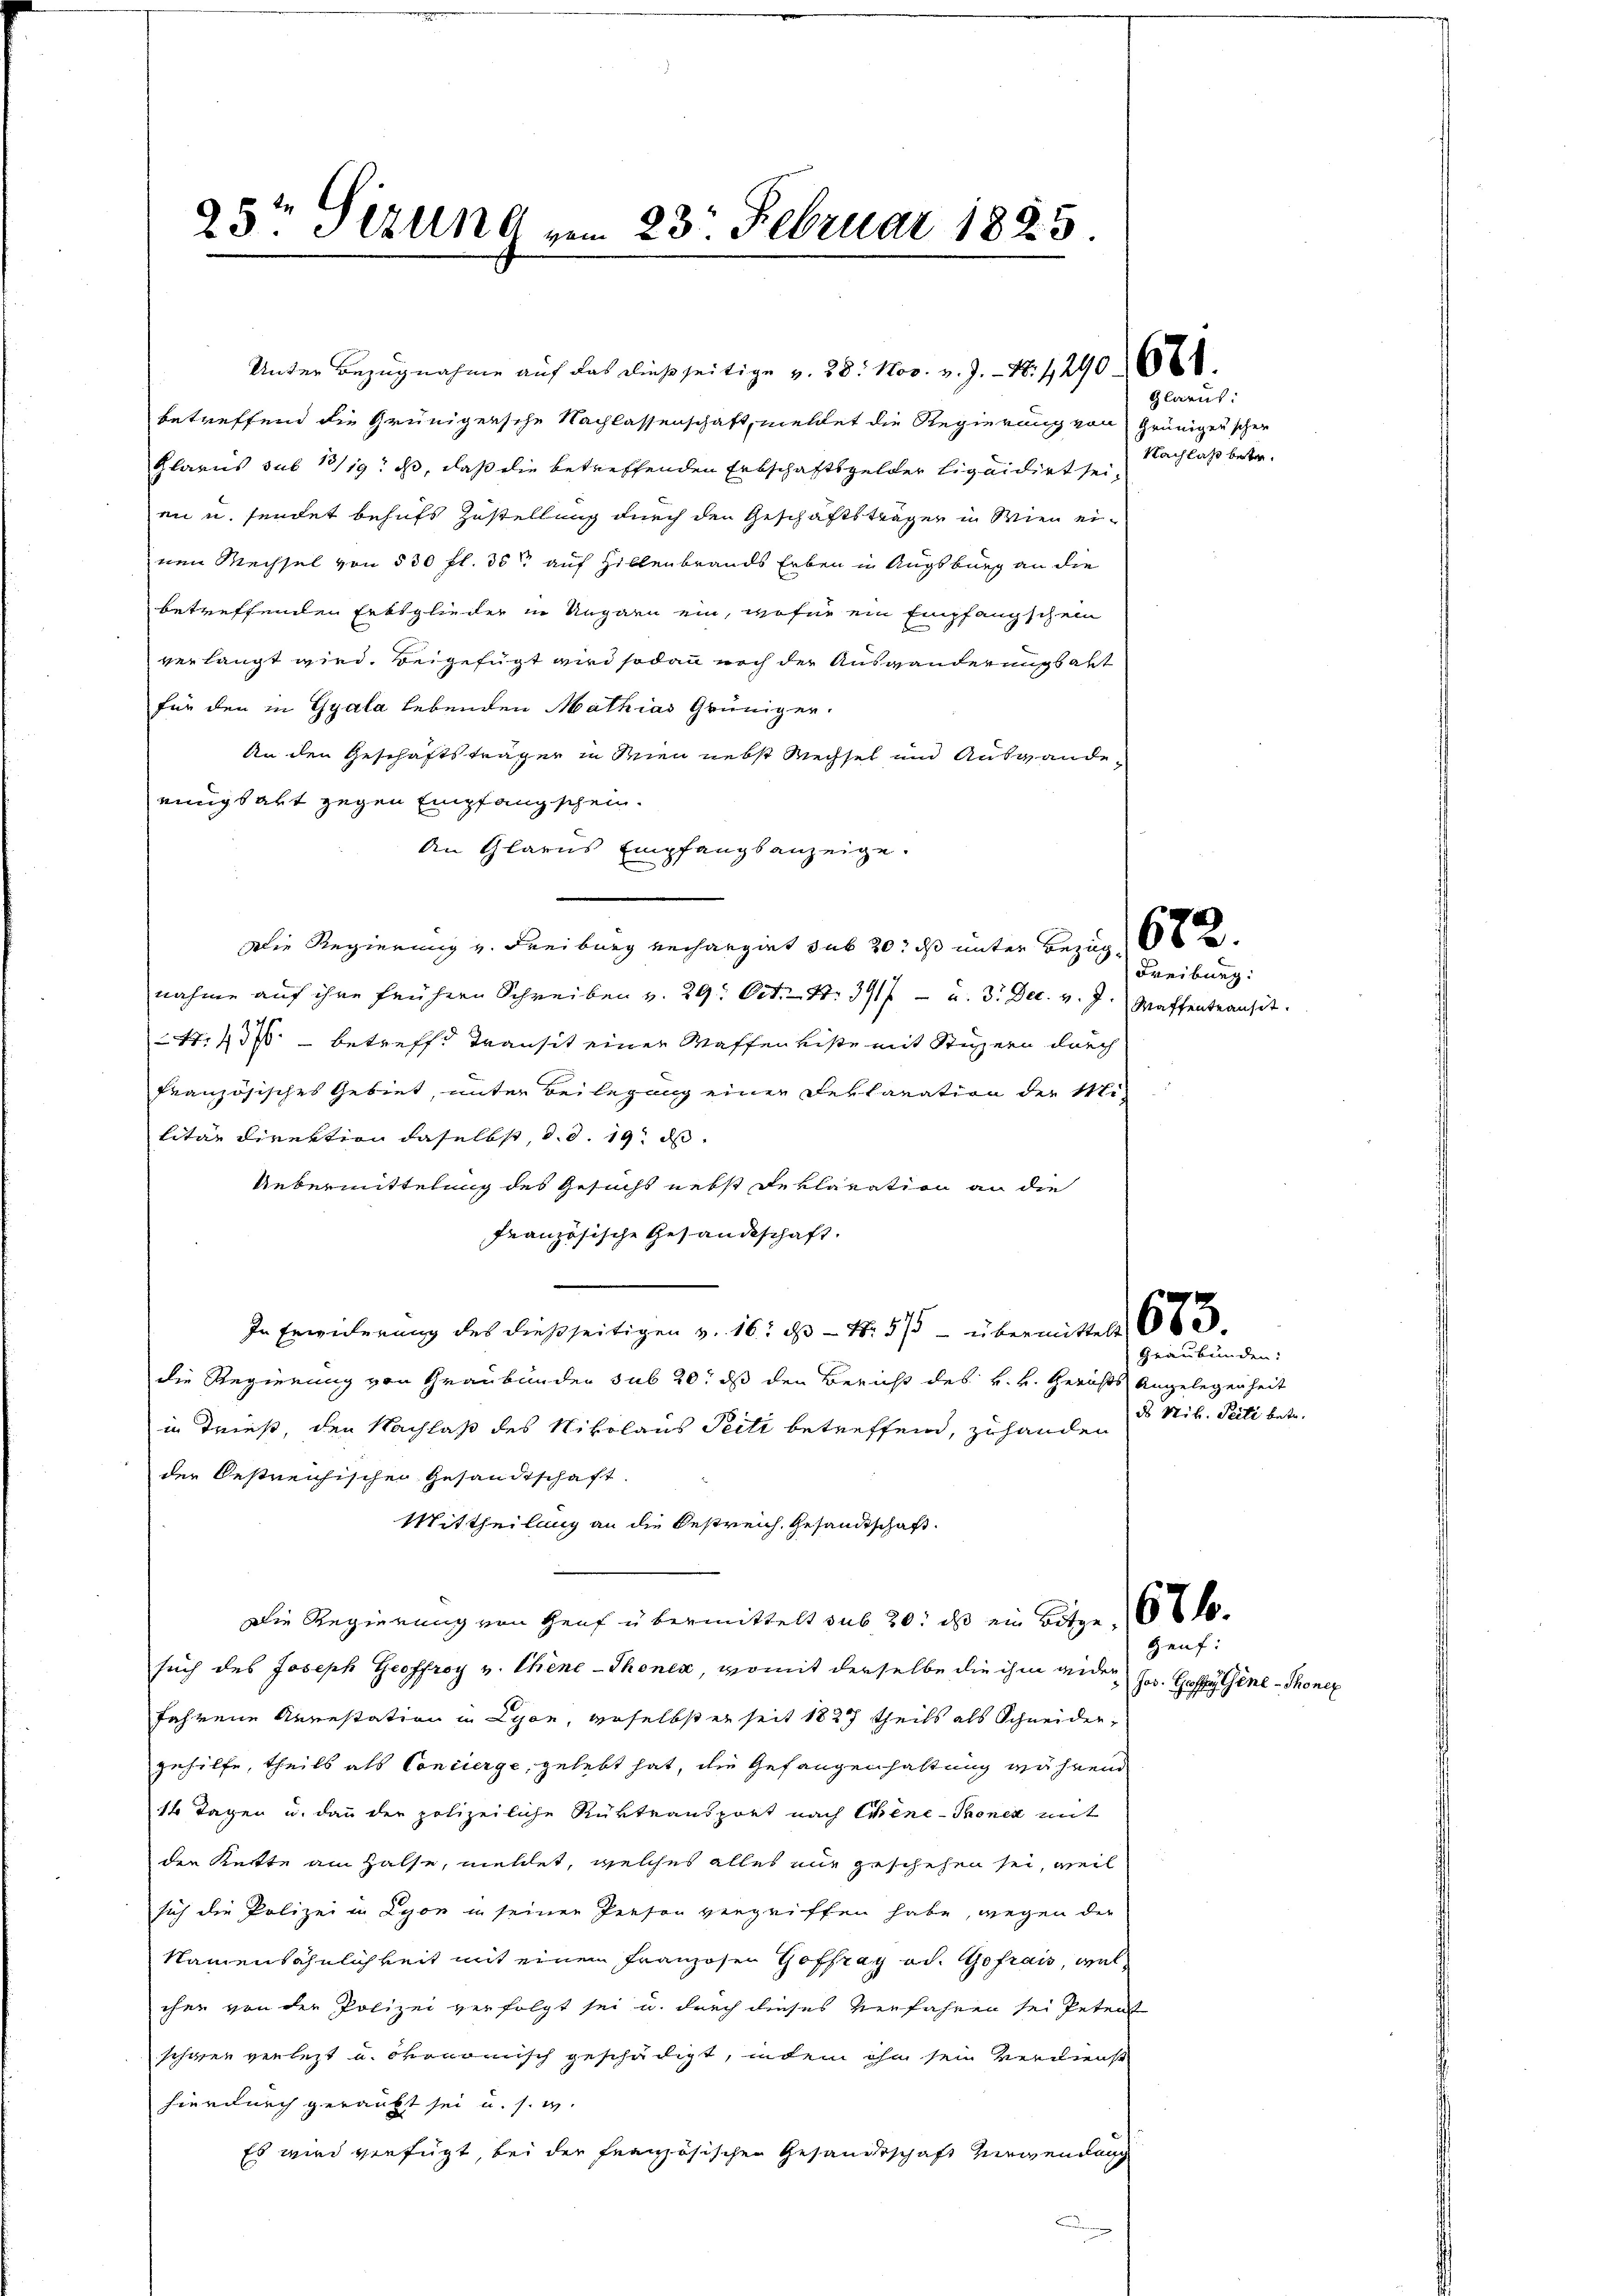
23t Sirung vom 23. Februar 1885

betreffend die Grünigersche Nachlassenschaft, meldet die Regierung von Grünigenscher
Glarus sub 13/19. ds, daß die betreffenden Erbschaftsgelder liquidirt seien u. sendet behufs Zustellung durch den Geschäftsträger in Wien einen Wechsel von 500 fl. 35 auf Hillenbrands Erben in Augsburg an die
betreffenden Erbsglieder in Ungarn ein, wofür ein Empfangschein
verlangt wird. Beigefügt wird sodann noch der Auswanderungsbalt
für den in Gyala lebenden Mathias Grüniger.
An den Geschäftsträger in dien nebst Wechsel und Auswandeeinigsakt gegen Empfangschein.
An Glarus Empfangsanzeige.
Die Regierung v. Freiburg rechargirt sub 20: daß unter Bezug
nahme auf ihre frühern Schreiben v. 29. Oct. S. 3917 - u. 3. Dec. v. J. Waffentransit.
47. 43 betreffe Transit einer Waffen viste mit Stüuzern durch
französisches Gebiet, unter Beilegung einer Deklaration der Mi-
litar Direktion daselbst, d. d. 19. ds.
Uebermittelung des Gesucht nebst Deklaration an die
französische Gesandtschaft.
In Erwiderung des dießseitigen v. 16. ds. - 4. 575 - übermittelt
die Regierung von Graubünden sub 20. ds den Bericht des k. k. Gerichts Angelegenheit
in Trieß, den Nachlaß des Nikolaus Peili betreffend, zuhanden
der bestreichischen Gesandtschaft.
Mittheilung an die Bestreich, Gesandtschaft
Die Regierung von Heuf übermittelt sub 20. ds ein Botze, 6 t l.
such des Joseph Geoffroy v. Chine-Thonex, womit derselbe die ihm wieder
fahrene Arrestation in Lyon, verselbst er seit 1827 theils als Schneidergehilfe, theils als Concierge, gelebt hat, die Gefangenhaltung während
14 Tagen u. dann der polizeiliche Rüktransport nach Schene-Thonen mit
den Kette am Halse, meldet, welches alles nur geschehen sei, weil
sich die Polizei in Lyon in seinen Person vergriffen habe, wegen die
Namensähnlichkeit mit einem Franzosen Hoffray od. Hofrais, welchen von der Polizei verfolgt sei u. durch dieses Verfahren sei Petent
schwer verletzt u. ökonomisch geschädigt, indem ihm sein Verdienst
hierdurch geraubt sei u. s. w.
Es wird verfügt, bei der französischen Gesandtschaft verwendung

Unter Bezugnahme auf das dießseitige v. 28. Nov. v. J. 18. 1290 (1868.

Glarus:
Nachlaß betr.

Freiburg:

Graubünden:
ds Nib. Seite betr.

Heuf:
Jos. Goffer Gene-Thonex